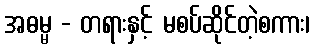
အဓမ္မ - တရားနှင့် မစပ်ဆိုင်တဲ့စကား၊